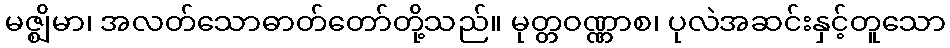
မဇ္ဈိမာ၊ အလတ်သောဓာတ်တော်တို့သည်။ မုတ္တဝဏ္ဏာစ၊ ပုလဲအဆင်းနှင့်တူသော